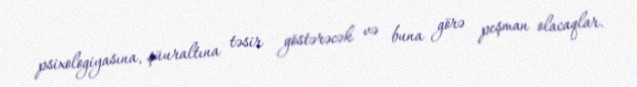
psixologiyasına, şüuraltına təsir göstərəcək və buna görə peşman olacaqlar.